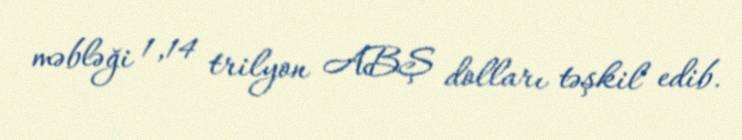
məbləği 1,14 trilyon ABŞ dolları təşkil edib.